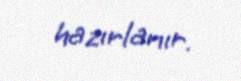
hazırlanır.